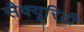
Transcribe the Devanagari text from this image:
सैक्यूरिटी